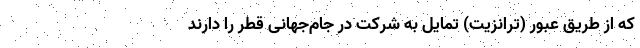
که از طریق عبور (ترانزیت) تمایل به شرکت در جام‌جهانی قطر را دارند